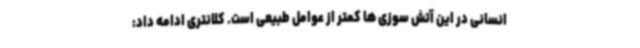
انسانی در این آتش سوزی ها کمتر از عوامل طبیعی است. کلانتری ادامه داد: